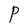
Character: P